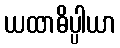
ယထာဓိပ္ပါယာ